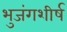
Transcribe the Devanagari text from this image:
भुजंगशीर्ष